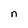
Character: n